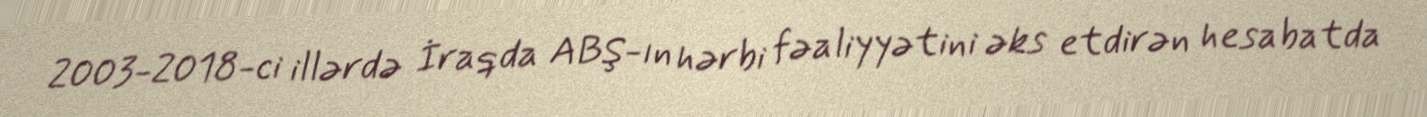
2003-2018-ci illərdə İraqda ABŞ-ın hərbi fəaliyyətini əks etdirən hesabatda